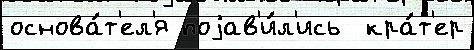
основа́т'ел'я поjав'и́л'ись  кра́т'ер